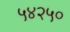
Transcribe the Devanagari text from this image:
५४२५०